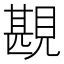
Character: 𧡪